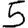
Digit: 5